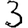
Digit: 3